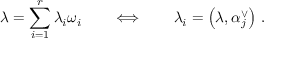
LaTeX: \lambda = \sum _ { i = 1 } ^ { r } \lambda _ { i } \omega _ { i } \qquad \Longleftrightarrow \qquad \lambda _ { i } = \left( \lambda , \alpha _ { j } ^ { \vee } \right) \, .